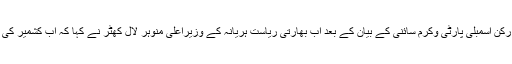
بی جے پی سے تعلق رکھنے والے اترپردیش کے رکن اسمبلی پارٹی وکرم سائنی کے بیان کے بعد اب بھارتی ریاست ہریانہ کے وزیراعلیٰ منوہر لال کھٹر نے کہا کہ اب کشمیر کی گوری لڑکیوں کو شادی کے لیے لایا جا سکتا ہے۔